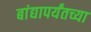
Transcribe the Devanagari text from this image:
बांद्यापर्यंतच्या